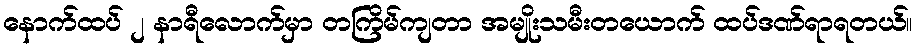
နောက်ထပ် ၂ နာရီလောက်မှာ တကြိမ်ကျတာ အမျိုးသမီးတယောက် ထပ်ဒဏ်ရာရတယ်။